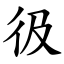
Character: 彶